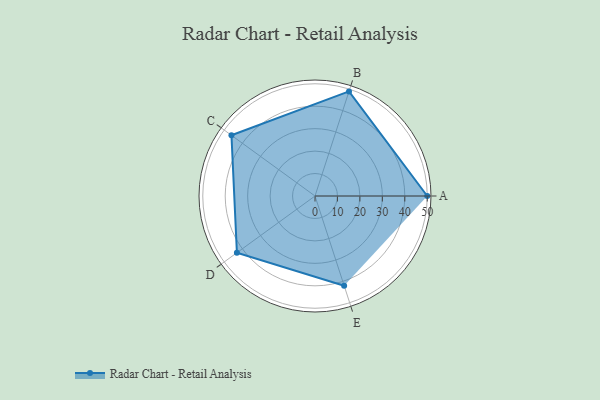
{"axis": {"x": "Skill", "y": "Score"}, "legend": ["Profile"], "data": [{"x": "A", "y": 50.0, "type": "Profile"}, {"x": "B", "y": 49.0, "type": "Profile"}, {"x": "C", "y": 46.0, "type": "Profile"}, {"x": "D", "y": 43.0, "type": "Profile"}, {"x": "E", "y": 42.0, "type": "Profile"}]}